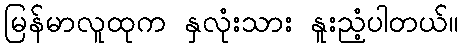
မြန်မာလူထုက နှလုံးသား နူးညံ့ပါတယ်။